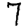
Digit: 7